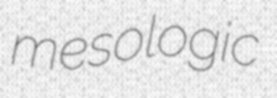
mesologic